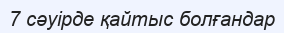
7 сәуірде қайтыс болғандар